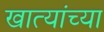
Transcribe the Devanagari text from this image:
खात्यांच्या